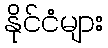
နိုင်ငံများ